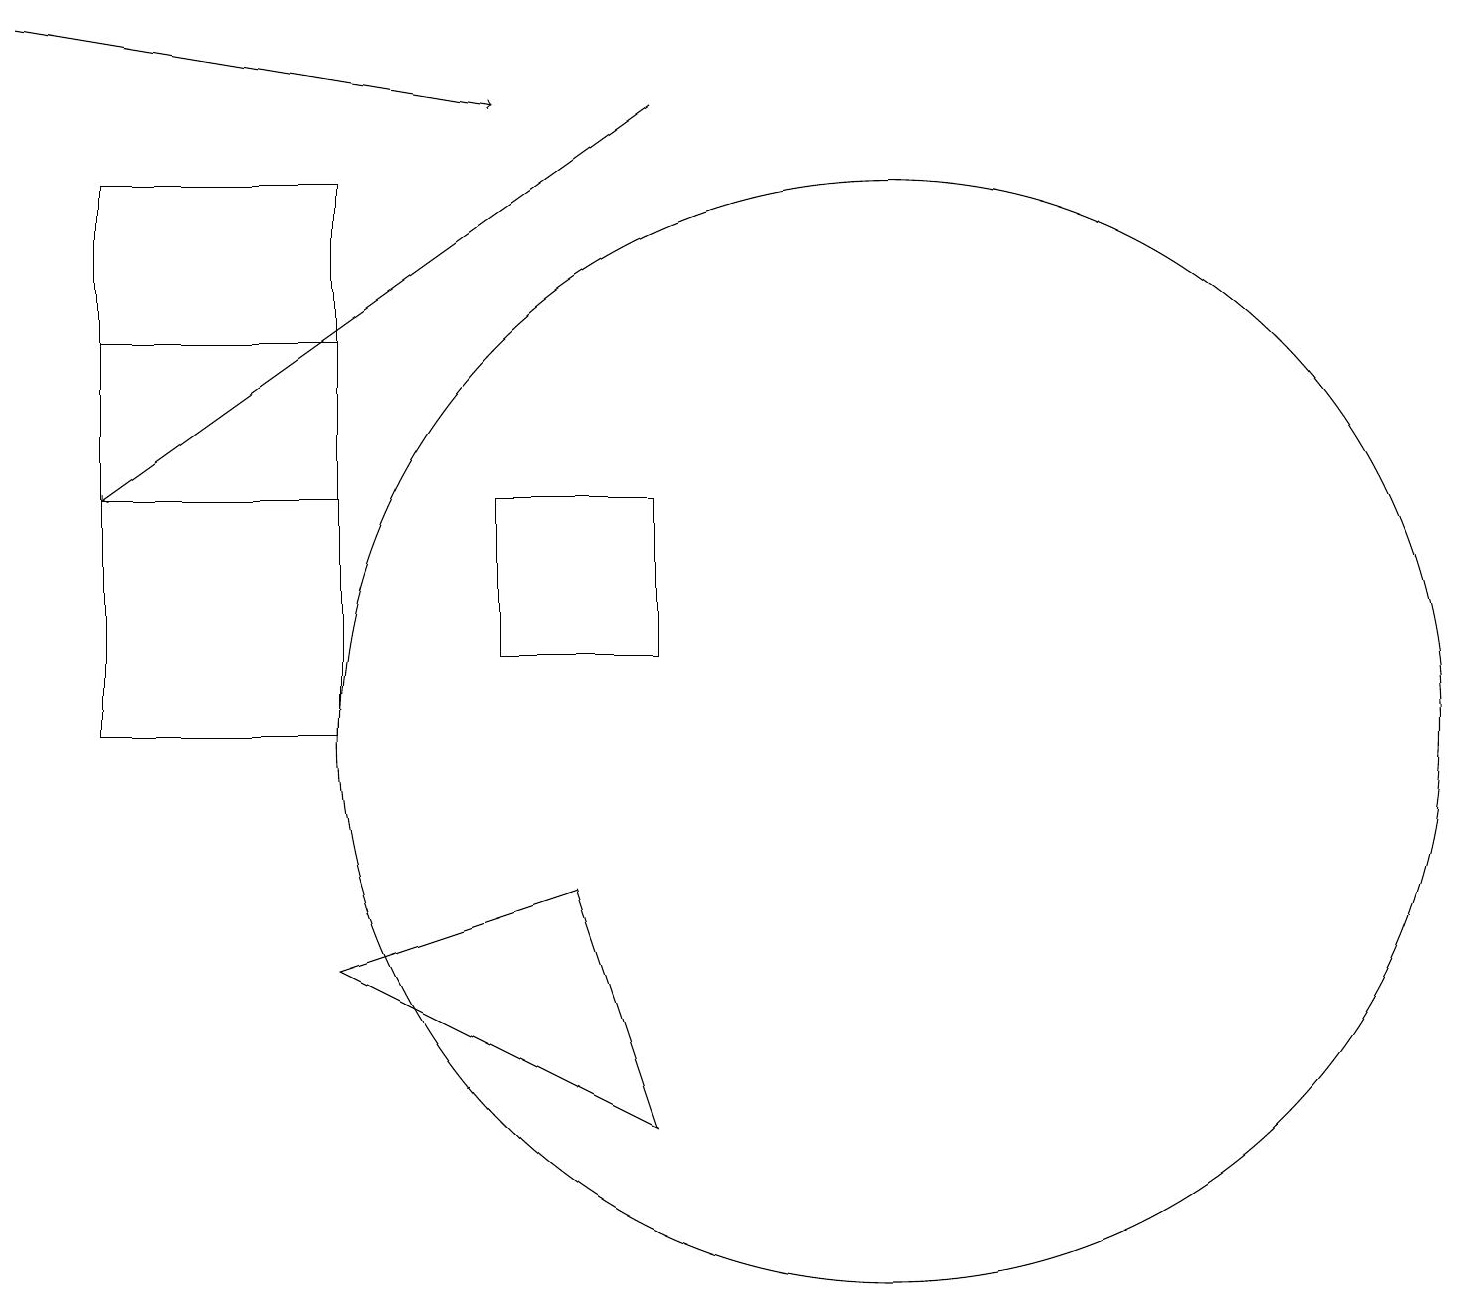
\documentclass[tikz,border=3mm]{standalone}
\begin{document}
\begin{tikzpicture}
\draw (12,10) circle (7);
\draw (9,11) rectangle (7,13);
\draw[->] (9,18) -- (2,13);
\draw (2,10) rectangle (5,17);
\draw (8,8) -- (5,7) -- (9,5) -- cycle;
\draw[->] (1,19) -- (7,18);
\draw (2,13) rectangle (5,15);
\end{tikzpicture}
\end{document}